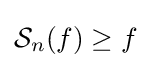
{\mathcal {S}}_{n}(f)\geq f